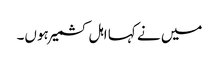
میں نے کہا اہل کشمیر ہوں۔